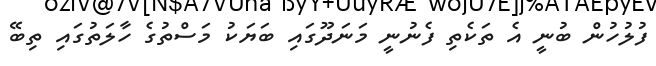
ފުލުހުން ބުނީ އެ ތަކެތި ފެނުނީ މަނަދޫގައި ބަޔަކު މަސްތުގެ ހާލަތުގައި ތިބޭ